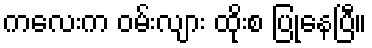
ကလေးက ဝမ်းလျား ထိုးစ ပြုနေပြီ။